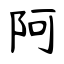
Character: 阿